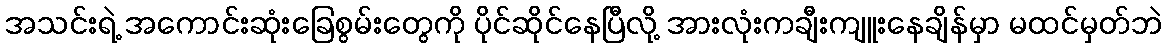
အသင်းရဲ့ အကောင်းဆုံးခြေစွမ်းတွေကို ပိုင်ဆိုင်နေပြီလို့ အားလုံးကချီးကျူးနေချိန်မှာ မထင်မှတ်ဘဲ